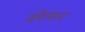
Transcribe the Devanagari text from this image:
सँक्सन